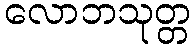
လောဘသုတ္တ